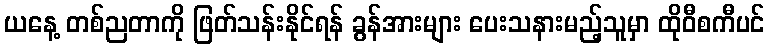
ယနေ့ တစ်ညတာကို ဖြတ်သန်းနိုင်ရန် ခွန်အားများ ပေးသနားမည့်သူမှာ ထိုဝီစကီပင်